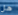
هل